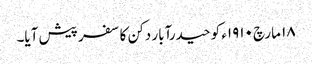
١٨ مارچ ١٩١٠ء کو حیدرآبار دکن کا سفر پیش آیا۔